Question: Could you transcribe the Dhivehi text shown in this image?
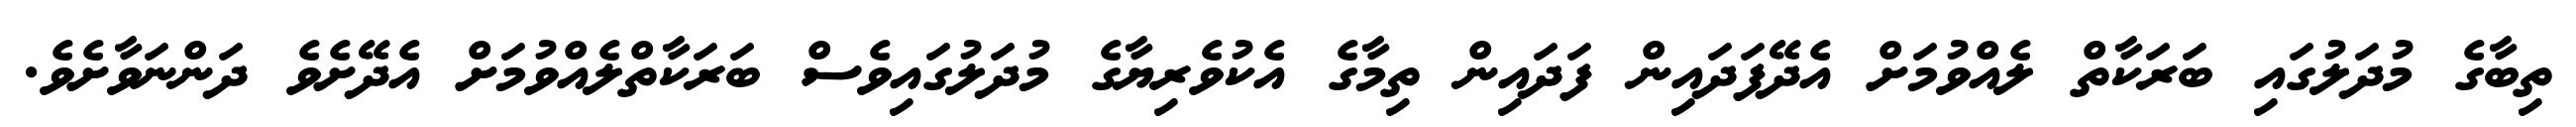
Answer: ތިބާގެ މުދަލުގައި ބަރަކާތް ލެއްވުމަށް އެދޭފަދައިން ފަދައިން ތިމާގެ އެކުވެރިޔާގެ މުދަލުގައިވެސް ބަރަކާތްލެއްވުމަށް އެދޭށެވެ ދަންނަވާށެވެ.